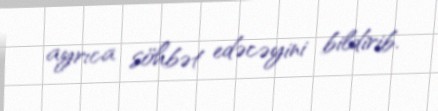
ayrıca söhbət edəcəyini bildirib.